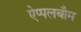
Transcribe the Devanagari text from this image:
ऐप्पलबौम